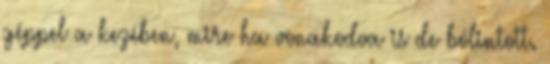
géppel a kezében, mire ha vonakodva is de bólintott.